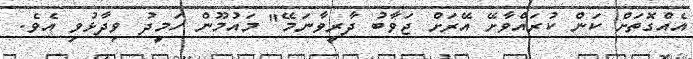
އެއްގޮތަށް ކަން ކުރައްވާށޭ އޭރަށް ޖަވާބު ދާރީވާނަމޭ" މައުމޫން ހަމީދު ވިދާޅުވި އެވެ.